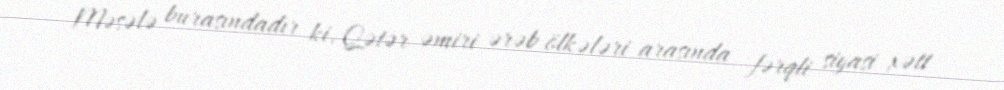
Məsələ burasındadır ki, Qətər əmiri ərəb ölkələri arasında fərqli siyasi xətt